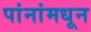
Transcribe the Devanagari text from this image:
पांनांमधून